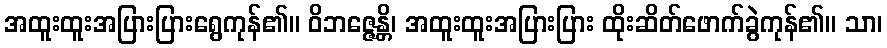
အထူးထူးအပြားပြားရွေကုန်၏။ ဝိဘဇ္ဇေန္တိ၊ အထူးထူးအပြားပြား ထိုးဆိတ်ဖောက်ခွဲကုန်၏။ သာ၊